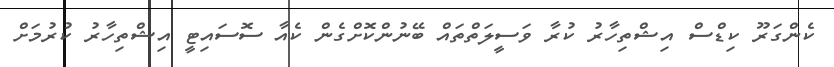
ކެންގަރޫ ކިޑްސް އިޝްތިހާރު ކުރާ ވަސީލަތްތައް ބޭނުންކޮށްގެން ކެއާ ސޮސައިޓީ އިޝްތިހާރު ކުރުމަށް